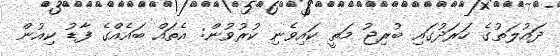
ދައުލަތުގެ ހަރަދުގައި ބުރިޖު މަތީ ކައިވެނި ކުރުވުން: އެތައް ބައެއްގެ ފާޑު ކިއުން